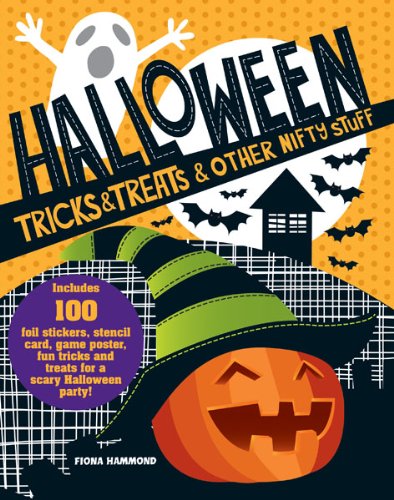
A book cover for Halloween Tricks & Treats & Other Nifty Stuff; Fiona Hammond; Cookbooks, Food & Wine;